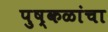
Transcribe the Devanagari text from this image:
पुष्कळांचा